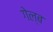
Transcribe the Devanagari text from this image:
गेल्ब